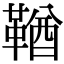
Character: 鞧